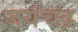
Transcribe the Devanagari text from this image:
जयंचद्र